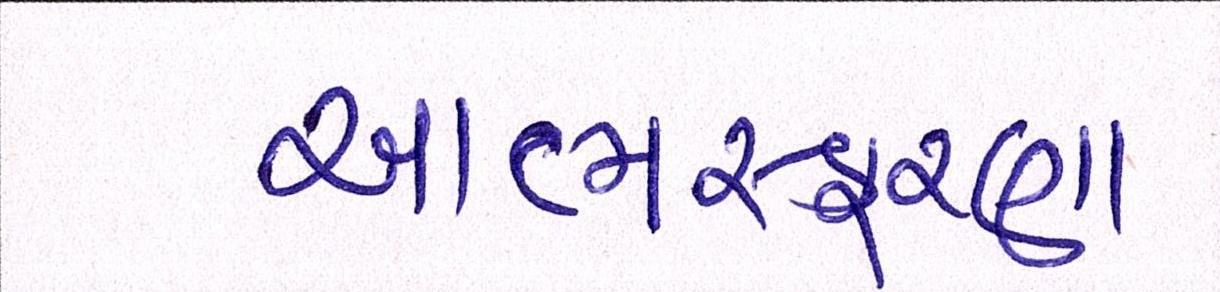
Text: આત્મસ્ફૂરણા